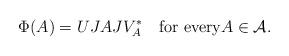
LaTeX: \begin{align*}\Phi(A) = U JAJ V_A^* \quad\hbox{for every}A \in {\mathcal A}.\end{align*}